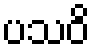
ပသဝိ